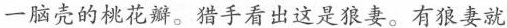
一脑壳的桃花瓣。猎手看出这是狼妻。有狼妻就